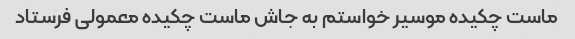
ماست چکیده موسیر خواستم به جاش ماست چکیده معمولی فرستاد